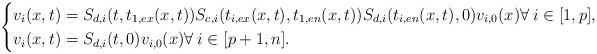
LaTeX: \begin{align*} \begin{cases} v_i(x,t)=S_{d,i}(t,t_{1,ex}(x,t))S_{c,i}(t_{i,ex}(x,t),t_{1,en}(x,t))S_{d,i}(t_{i,en}(x,t),0)v_{i,0}(x) \forall\:i\in[1,p], \\ v_i(x,t)=S_{d,i}(t,0)v_{i,0}(x) \forall\:i\in[p+1,n]. \end{cases} \end{align*}